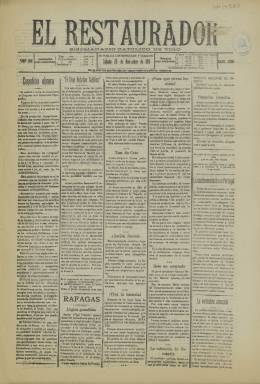
Título: El Restaurador (Vigo)
Colección: Periódicos
Ámbito geográfico: Pontevedra
Lugar de publicación: Vigo, Pontevedra
Fechas: 25/11/1911-25/11/1911